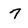
Character: 7